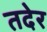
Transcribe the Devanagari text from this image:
तदेर